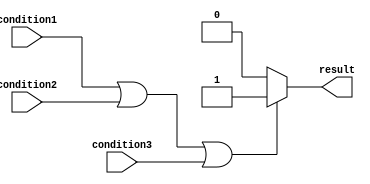
module if_else_logical_OR (
    input wire condition1,
    input wire condition2,
    input wire condition3,
    output reg result
);

always @(*)
begin
    if (condition1 || condition2 || condition3) begin
        // block of code within the if statement
        result <= 1'b1;
    end
    else begin
        // block of code within the else statement
        result <= 1'b0;
    end
end

endmodule